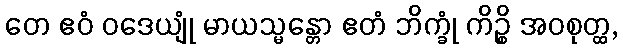
တေ ဧဝံ ဝဒေယျုံ မာယသ္မန္တော ဧတံ ဘိက္ခုံ ကိဉ္စိ အဝစုတ္ထ,